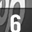
Digit: 6